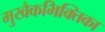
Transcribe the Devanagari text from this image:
मुखैकभिक्तिका